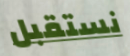
نستقبل